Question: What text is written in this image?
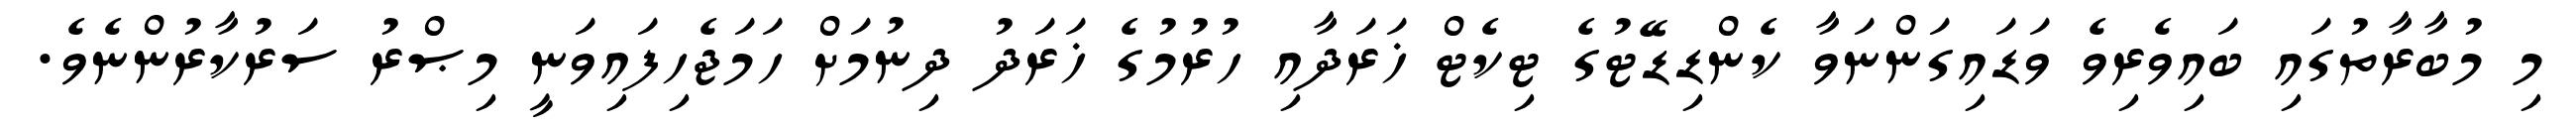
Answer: މި މުބާރާތުގައި ބައިވެރިވެ ވަޑައިގަންނަވާ ކެންޑިޑޭޓުގެ ޓިކެޓް ޚަރަދާއި ހުރުމުގެ ޚަރަދު ދިނުމަށް ހަމަޖެހިފައިވަނީ މިޞްރު ސަރުކާރުންނެވެ.